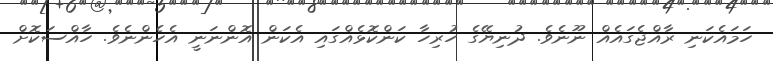
ހަމައެކަނި ރާއްޖެގައެއް ނޫނެވެ. ދުނިޔޭގެ ހުރިހާ ކަންކޮޅެއްގައި އެކަން އޮންނަނީ އެހެންނެވެ. ހާއްސަކޮށް